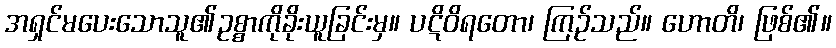
အရှင်မပေးသောသူ၏ဥစ္စာကိုခိုးယူခြင်းမှ။ ပဋိဝိရတော၊ ကြဉ်သည်။ ဟောတိ၊ ဖြစ်၏။